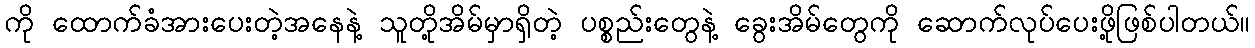
ကို ထောက်ခံအားပေးတဲ့အနေနဲ့ သူတို့အိမ်မှာရှိတဲ့ ပစ္စည်းတွေနဲ့ ခွေးအိမ်တွေကို ဆောက်လုပ်ပေးဖို့ဖြစ်ပါတယ်။